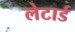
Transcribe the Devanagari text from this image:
लेटार्ड